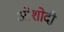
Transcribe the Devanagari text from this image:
ओशोदी